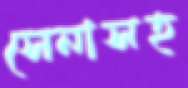
সেনাসহ